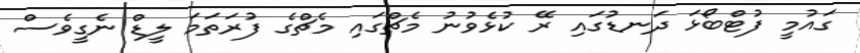
ގައުމީ ފުޓްބޯޅަ ދަނޑުގައި ރޭ ކުޅެވުނު މެޗްގައި މެޗްގެ ފުރަތަމަ ލީޑް ނެގީވެސް